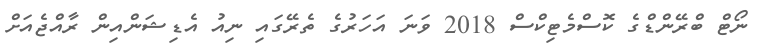
ނޯޓް ބްރޭންޑްގެ ކޮސްމެޓިކްސް 2018 ވަނަ އަހަރުގެ ތެރޭގައި ނިއު އެޑިޝަންއިން ރާއްޖެއަށް